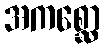
အကစ္ဆော